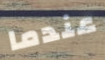
عندما